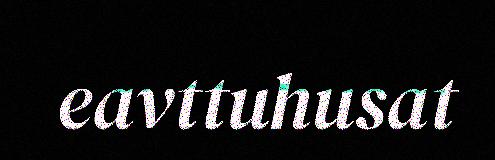
eavttuhusat